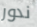
ندور